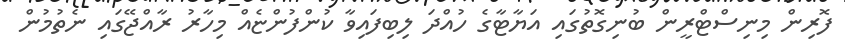
ފޮރިން މިނިސްޓްރީން ބުނިގޮތުގައި އަޔާޓާގެ ހުއްދަ ލިބިފައިވާ ކުންފުންޏެއް މިހާރު ރާއްޖޭގައި ނެތުމުން